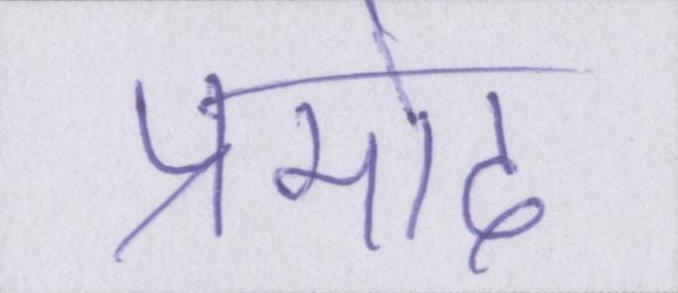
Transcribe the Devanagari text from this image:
प्रमोद